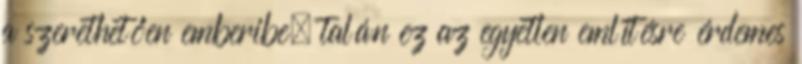
a szerethetően emberibe; talán ez az egyetlen említésre érdemes